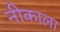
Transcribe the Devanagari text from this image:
नीकाला